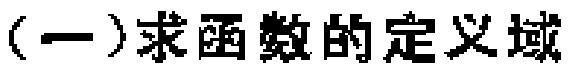
(一)求函数的定义域